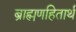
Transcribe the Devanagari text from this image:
ब्राह्मणहितार्थ